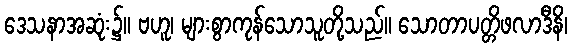
ဒေသနာအဆုံး၌။ ဗဟူ၊ များစွာကုန်သောသူတို့သည်။ သောတာပတ္တိဖလာဒီနိ၊